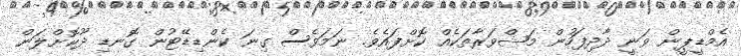
އެމްޑީޕީން ވަނީ ދާދިފަހުން މަޝްވަރާތަކެއް ކޮށްފައެވެ. ނަމަވެސް ގިނަ ކެންޑިޑޭޓުން ގޮނޑި ދޫކޮށްލަން